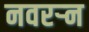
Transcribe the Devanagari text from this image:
नवरर्‍न